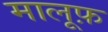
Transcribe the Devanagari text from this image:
मालूफ़